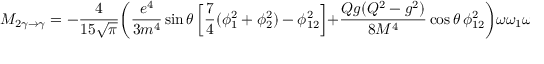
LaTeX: M _ { 2 \gamma \to \gamma } = - \frac { 4 } { 1 5 \sqrt { \pi } } \biggl ( \frac { e ^ { 4 } } { 3 m ^ { 4 } } \sin \theta \left[ \frac { 7 } { 4 } ( \phi _ { 1 } ^ { 2 } + \phi _ { 2 } ^ { 2 } ) - \phi _ { 1 2 } ^ { 2 } \right] + \frac { Q g ( Q ^ { 2 } - g ^ { 2 } ) } { 8 M ^ { 4 } } \cos \theta \, \phi _ { 1 2 } ^ { 2 } \biggr ) \omega \omega _ { 1 } \omega _ { 2 } H \cos 2 \beta